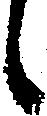
候